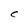
Character: C